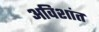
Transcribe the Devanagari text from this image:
अविशांत